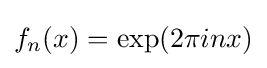
f_{n}(x)=\exp(2\pi inx)